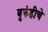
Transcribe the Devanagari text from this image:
बुरुंडीचे